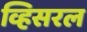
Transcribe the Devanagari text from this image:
व्हिसरल